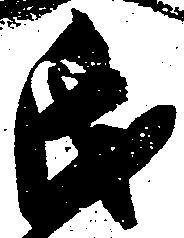
氏